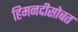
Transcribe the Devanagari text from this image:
हिमनदीसोबत